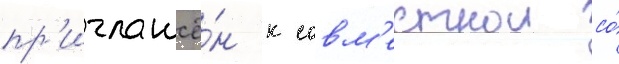
пр'иглашё́н к совм'естнои со́